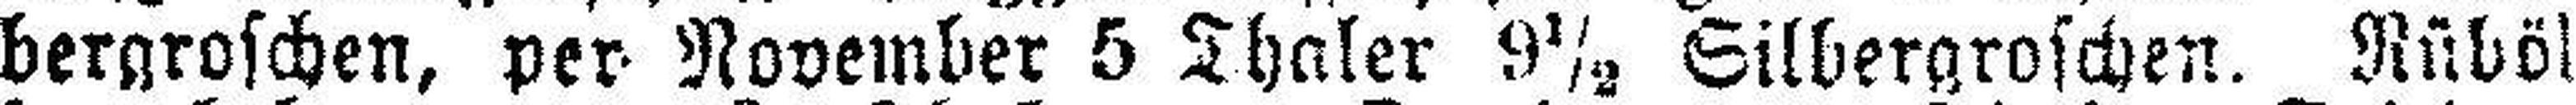
bergroschen, per November 5 Thaler 9½ Silbergroschen. Rüböl